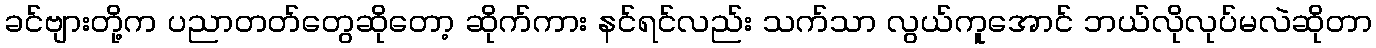
ခင်ဗျားတို့က ပညာတတ်တွေဆိုတော့ ဆိုက်ကား နင်ရင်လည်း သက်သာ လွယ်ကူအောင် ဘယ်လိုလုပ်မလဲဆိုတာ